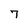
Character: 7